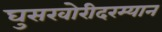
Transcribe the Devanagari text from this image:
घुसखोरीदरम्यान